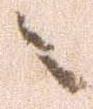
ニ